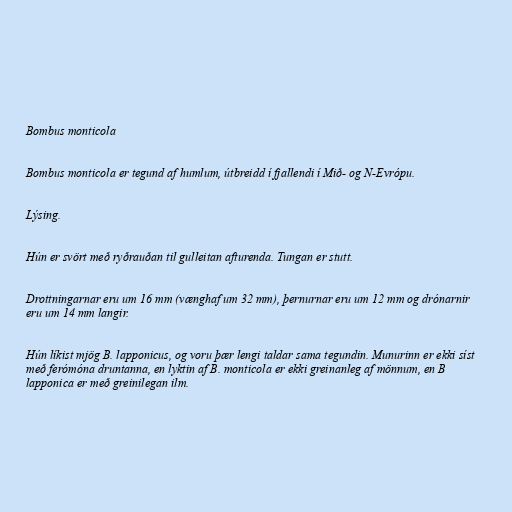
Bombus monticola

Bombus monticola er tegund af humlum, útbreidd í fjallendi í Mið- og N-Evrópu.

Lýsing.

Hún er svört með ryðrauðan til gulleitan afturenda. Tungan er stutt.

Drottningarnar eru um 16 mm (vænghaf um 32 mm), þernurnar eru um 12 mm og drónarnir
eru um 14 mm langir.

Hún líkist mjög B. lapponicus, og voru þær lengi taldar sama tegundin. Munurinn er ekki síst
með ferómóna druntanna, en lyktin af B. monticola er ekki greinanleg af mönnum, en B
lapponica er með greinilegan ilm.